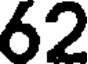
62